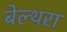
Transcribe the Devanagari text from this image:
बेल्‍थरा